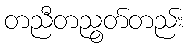
တညီတညွတ်တည်း